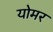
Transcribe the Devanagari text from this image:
योमर